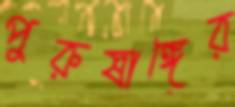
পুরুষাঙ্গের